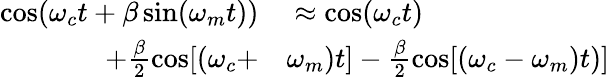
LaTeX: \begin{array}{rl}{\cos(\omega_{c}t+\beta\sin(\omega_{m}t))}&{{}\approx\cos(\omega_{c}t)}\\ {+\frac{\beta}{2}\cos[(\omega_{c}+}&{{}\omega_{m})t]-\frac{\beta}{2}\cos[(\omega_{c}-\omega_{m})t)]}\end{array}